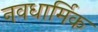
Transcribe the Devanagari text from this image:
नवधार्मिक